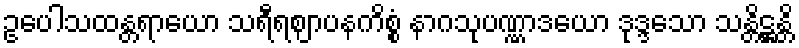
ဥပေါသထန္တရာယော သရီရဈာပနကိစ္စံ နာဂသုပဏ္ဏာဒယော ဒုဒ္ဒသော သန္တိဋ္ဌန္တိ